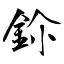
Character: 鉩